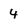
Character: 4